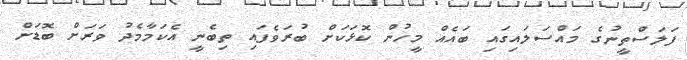
ފަލަސްތީނުގެ މައްސަލައިގައި ބައެއް މީހުން ކޮޅަކަށް ބުރަވެފައި ތިބެނީ އެކަމާމެދު ވަރަށް ބޮޑަށް